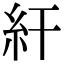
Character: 𥾍